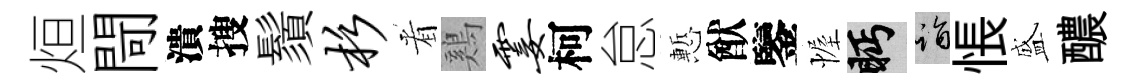
烜閜潰搜鬚杉㸔鷄霎柯怠慙猷鑒幄眄诣悵盛醲